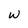
Character: W